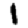
Digit: 1